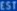
SSEST